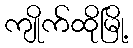
ကျိုက်ထိုမြို့